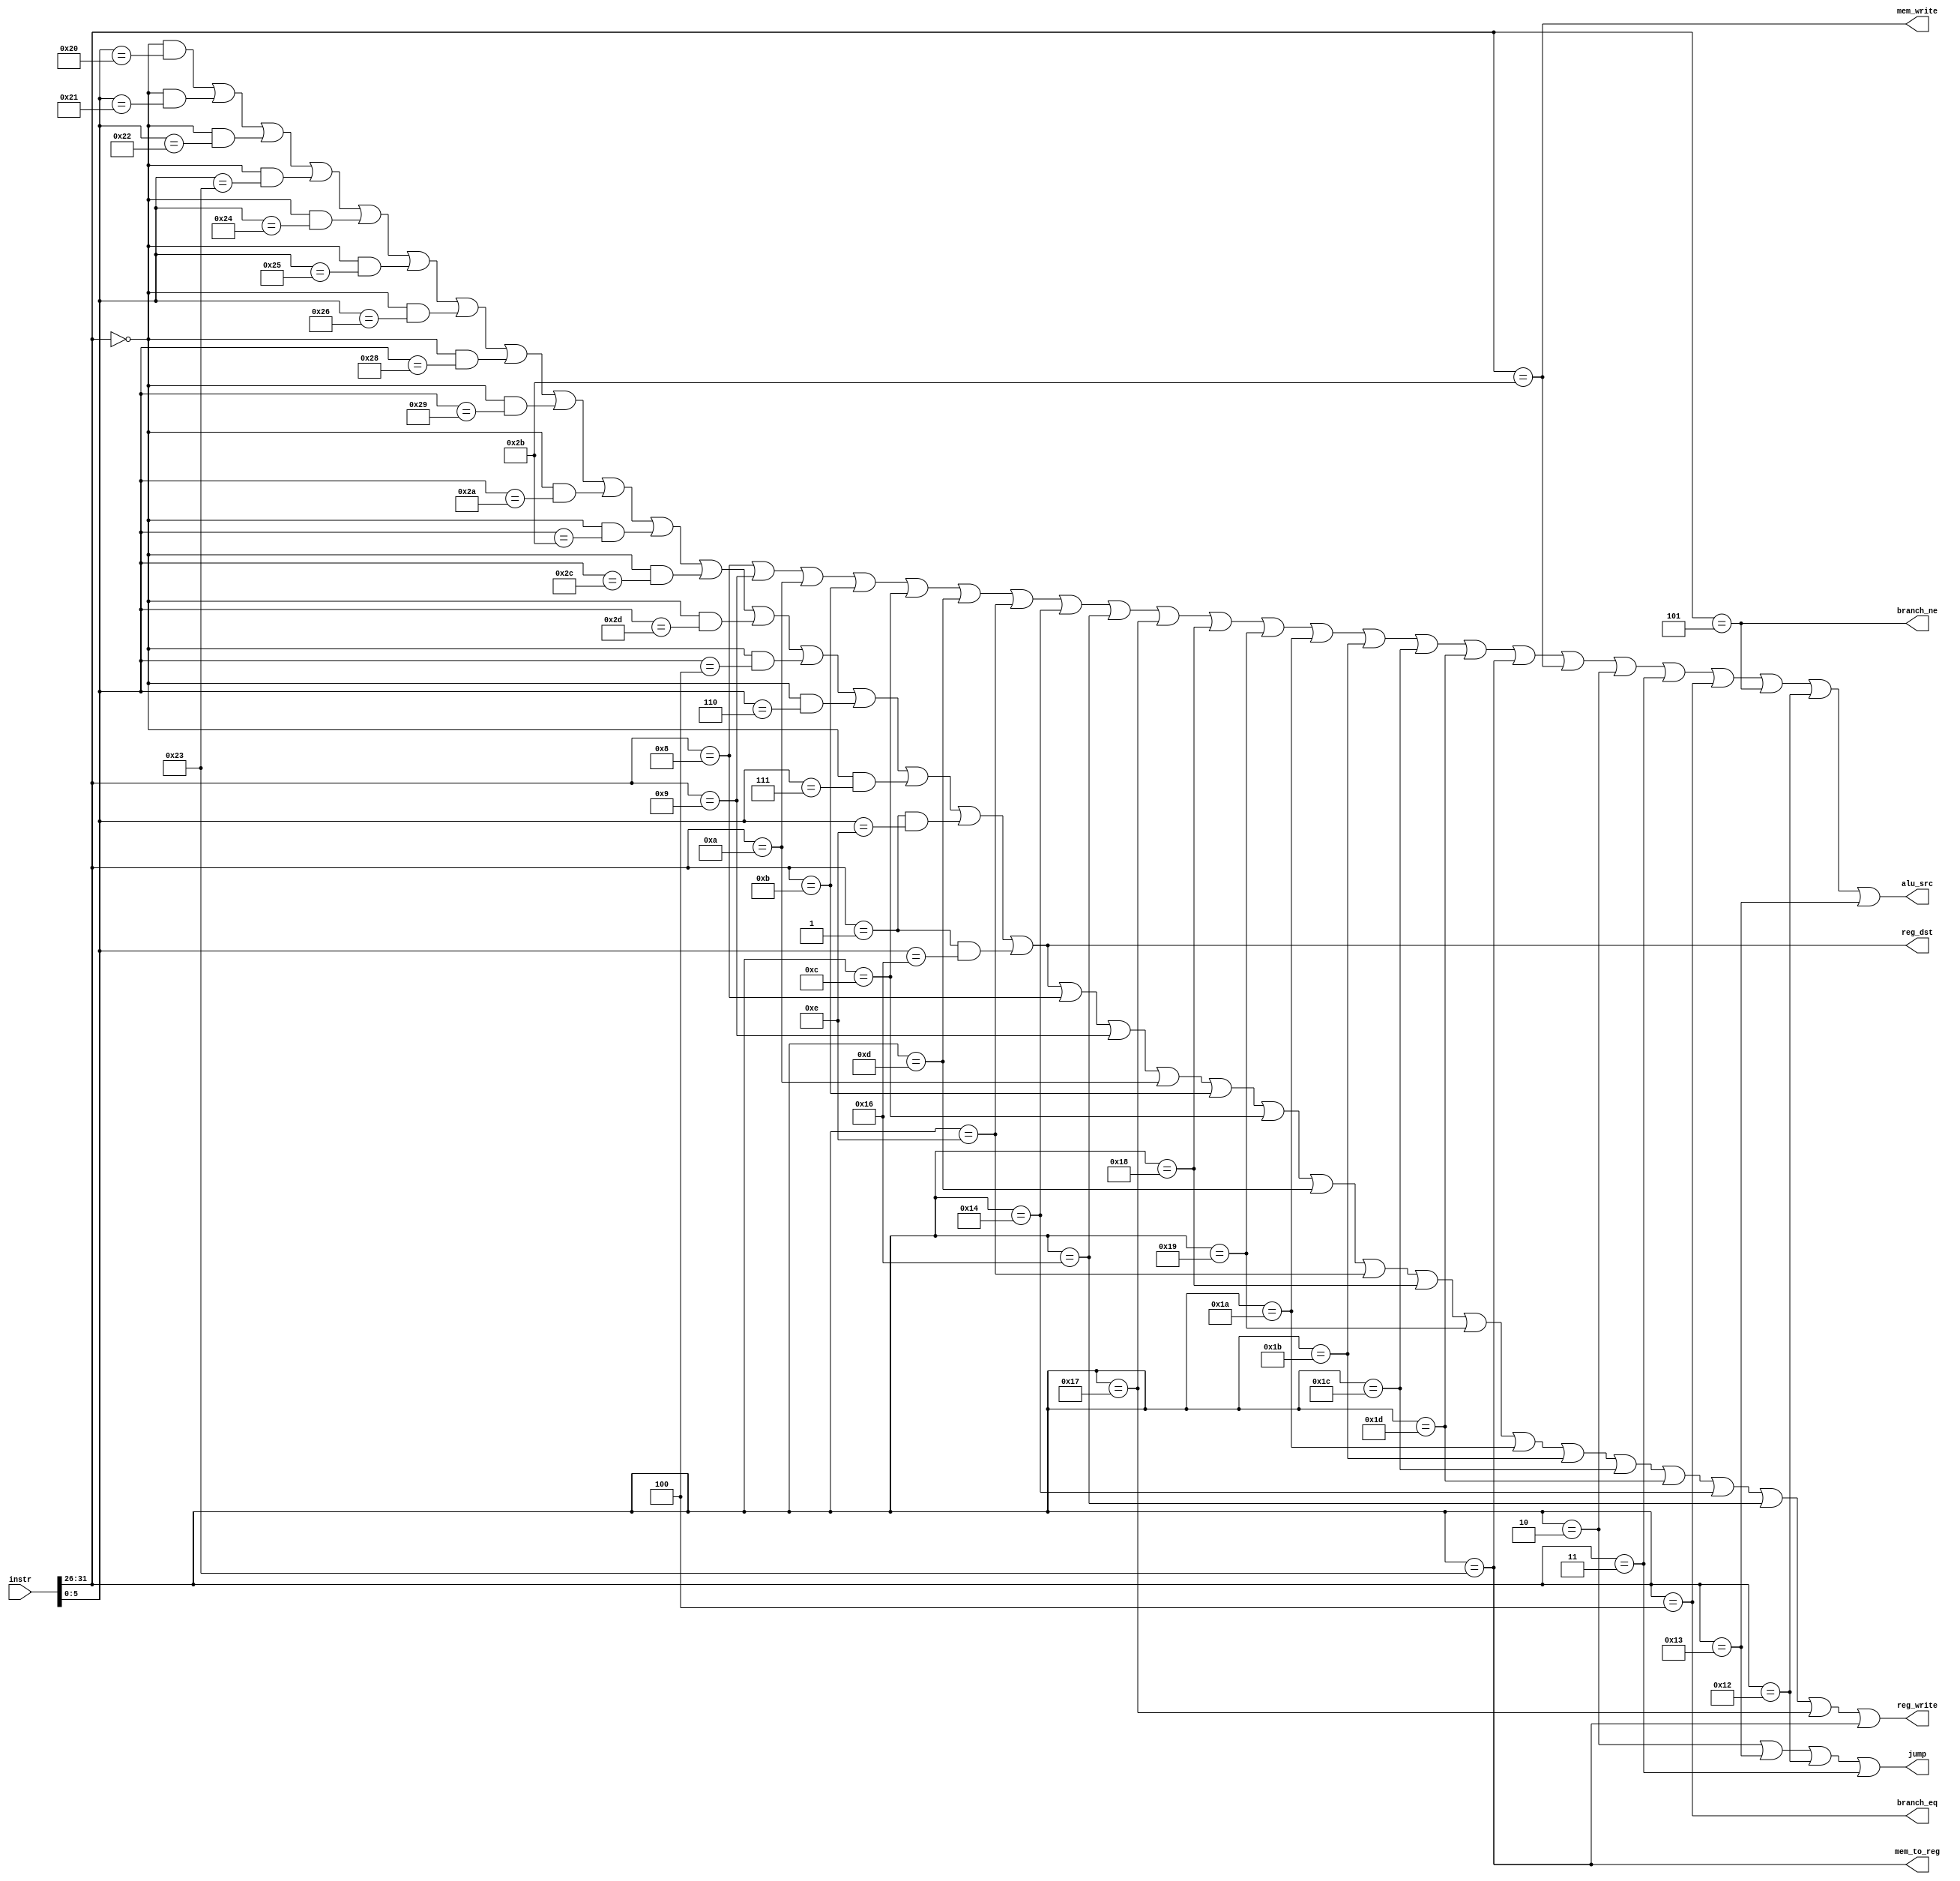
module maindec (
	input  [31:0] instr     ,
	//
	output        branch_eq  ,
	output        branch_ne  ,
	output        jump      ,
	output        mem_to_reg,
	output        mem_write ,
	output        reg_dst   ,
	output        reg_write ,
	output        alu_src
);

	wire [5:0] opcode;
	assign opcode = instr[31:26];

	wire [5:0] func;
	assign func = instr[5:0];

	wire wadd = ((opcode == 6'h00) & (func == 6'h20));
	wire waddu = ((opcode == 6'h00) & (func == 6'h21));
	wire wsub = ((opcode == 6'h00) & (func == 6'h22));
	wire wsubu = ((opcode == 6'h00) & (func == 6'h23));
	wire wandd = ((opcode == 6'h00) & (func == 6'h24));
	wire worr  = ((opcode == 6'h00) & (func == 6'h25));
	wire wxorr = ((opcode == 6'h00) & (func == 6'h26));
	wire wseq = ((opcode == 6'h00) & (func == 6'h28));
	wire wsne = ((opcode == 6'h00) & (func == 6'h29));
	wire wslt = ((opcode == 6'h00) & (func == 6'h2A));
	wire wsgt = ((opcode == 6'h00) & (func == 6'h2B));
	wire wsle = ((opcode == 6'h00) & (func == 6'h2C));
	wire wsge = ((opcode == 6'h00) & (func == 6'h2D));
	wire wsll = ((opcode == 6'h00) & (func == 6'h04));
   wire wsrl = ((opcode == 6'h00) & (func == 6'h06));
	wire wsra = ((opcode == 6'h00) & (func == 6'h07));
	
	wire wmult = ((opcode == 6'h01) & (func == 6'h0e));
	wire wmultu = ((opcode == 6'h01) & (func == 6'h16));
	
	
	wire wlw = (opcode == 6'h23);
	wire wsw = (opcode == 6'h2B);

	
	wire wj    = (opcode == 6'h02);
   wire wjal    = (opcode == 6'h03);
   wire wbeqz  = (opcode == 6'h04);
	wire wbnez  = (opcode == 6'h05);
	wire wjr = (opcode == 6'h12);
	wire wjalr = (opcode == 6'h13);
	
	wire waddi = (opcode == 6'h08);
	wire waddui = (opcode == 6'h09);
	wire wsubi = (opcode == 6'h0a);
	wire wsubui = (opcode == 6'h0b);
	wire wandi = (opcode == 6'h0c);
	wire wori  = (opcode == 6'h0d);
	wire wxori = (opcode == 6'h0e);
	wire wseqi = (opcode == 6'h18);
	wire wsnei = (opcode == 6'h19);
	wire wslti = (opcode == 6'h1a);
	wire wsgti = (opcode == 6'h1b);
	wire wslei = (opcode == 6'h1c);
	wire wsgei = (opcode == 6'h1d);
	wire wslli = (opcode == 6'h14);
   wire wsrli = (opcode == 6'h16);
	wire wsrai = (opcode == 6'h17);
	
	
	assign branch_eq  = wbeqz;
	assign branch_ne  = wbnez;    
	assign jump       = wj|wjalr|wjr|wjal;
	assign mem_to_reg = wlw;
	assign mem_write  = wsw;
	assign reg_dst    = wadd|waddu|wsub|wsubu|wandd|worr|wxorr|wseq|wsne|wslt|wsgt|wsle|wsge|wsll|wsrl|wsra|wmult|wmultu;
	assign reg_write  = wadd|waddu|wsub|wsubu|wandd|worr|wxorr|wseq|wsne|wslt|wsgt|wsle|wsge|wsll|wsrl|wsra|wmult|wmultu|waddi|waddui|wsubi|wsubui|wandi|wori|wxori|wseqi|wsnei|wslti|wsgti|wslei|wsgei|wslli|wsrli|wsrai|wlw;
	assign alu_src    = waddi|waddui|wsubi|wsubui|wandi|wori|wxori|wslli|wsrli|wsrai|wseqi|wsnei|wslti|wsgti|wslei|wsgei|wlw|wsw|wj|wjal|wbeqz|wbnez|wjr|wjalr;

endmodule